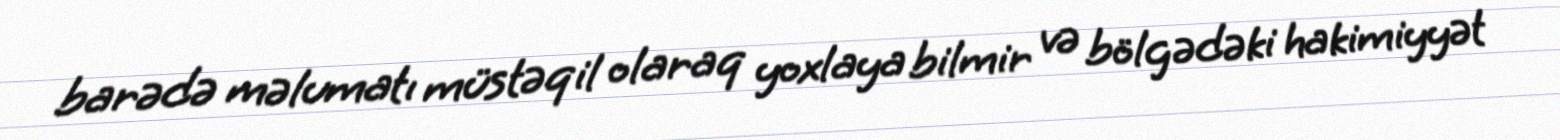
barədə məlumatı müstəqil olaraq yoxlaya bilmir və bölgədəki hakimiyyət